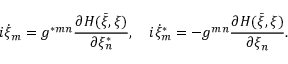
i \dot { \xi } _ { m } = g ^ { \ast m n } \frac { \partial H ( \bar { \xi } , \xi ) } { \partial \xi _ { n } ^ { \ast } } , \quad i \dot { \xi } _ { m } ^ { \ast } = - g ^ { m n } \frac { \partial H ( \bar { \xi } , \xi ) } { \partial \xi _ { n } } .